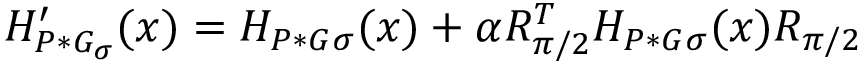
H _ { P * G _ { \sigma } } ^ { \prime } ( x ) = H _ { P * G { \sigma } } ( x ) + \alpha R _ { \pi / 2 } ^ { T } H _ { P * G { \sigma } } ( x ) R _ { \pi / 2 }